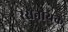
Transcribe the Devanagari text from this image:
रसनायक